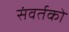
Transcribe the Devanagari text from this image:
संवर्तको